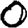
Digit: 0